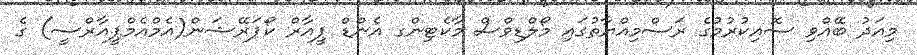
މިއަދު ބޭއްވި ސޮއިކުރުމުގެ ރަސްމިއްޔާތުގައި މޯލްޑިވްސް މާކެޓިންގ އެންޑް ޕީއާރް ކޯޕަރޭޝަން(އެމްއެމްޕީއާރްސީ) ގެ